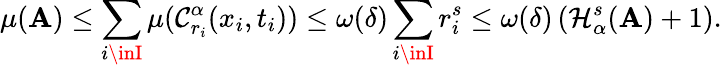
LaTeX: \mu(\mathbf{A})\leq\sum_{i\inI}\mu(\mathcal{{C}}_{r_{i}}^{\alpha}(x_{i},t_{i}))\leq\omega(\delta)\sum_{i\inI}r_{i}^{s}\leq\omega(\delta)\left(\mathcal{{H}}_{\alpha}^{s}(\mathbf{A})+1\right).